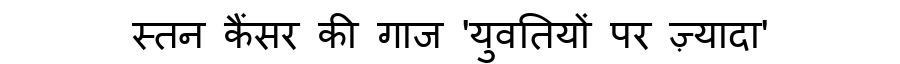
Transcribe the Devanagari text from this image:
स्तन कैंसर की गाज 'युवतियों पर ज़्यादा'